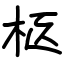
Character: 柩